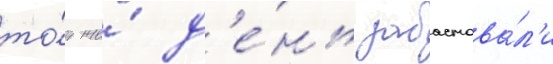
то́т же́ д'е́нь забастова́л'и